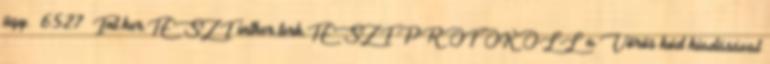
ügy. 6527 Int.ker.TESZT intker.terk.TESZT PROTOKOLL a Vörös kód kiadásával